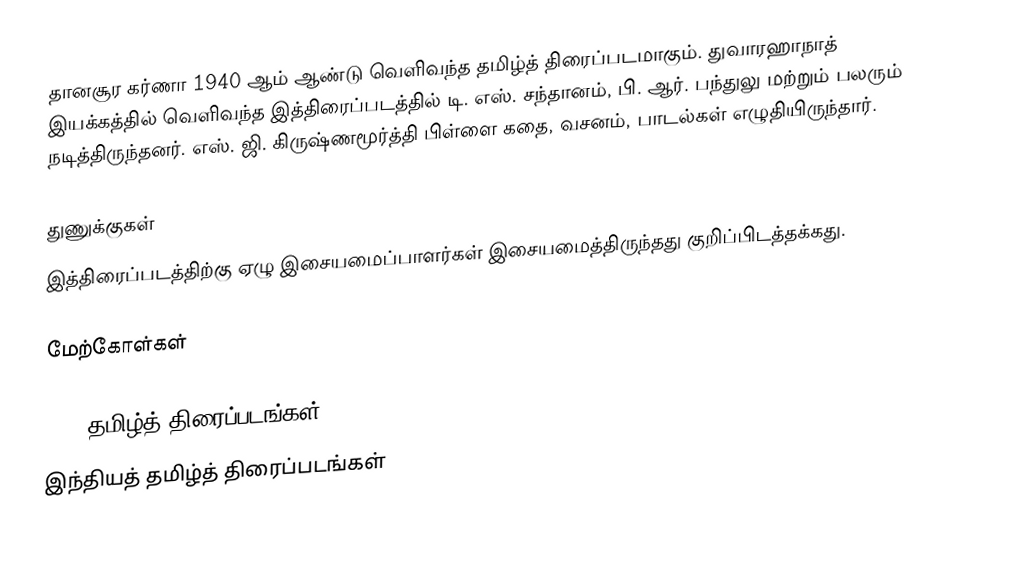
தானசூர கர்ணா 1940 ஆம் ஆண்டு வெளிவந்த தமிழ்த் திரைப்படமாகும். துவாரஹாநாத் இயக்கத்தில் வெளிவந்த இத்திரைப்படத்தில் டி. எஸ். சந்தானம், பி. ஆர். பந்துலு மற்றும் பலரும் நடித்திருந்தனர். எஸ். ஜி. கிருஷ்ணமூர்த்தி பிள்ளை கதை, வசனம், பாடல்கள் எழுதியிருந்தார்.

துணுக்குகள்
 இத்திரைப்படத்திற்கு ஏழு இசையமைப்பாளர்கள் இசையமைத்திருந்தது குறிப்பிடத்தக்கது.

மேற்கோள்கள்

1940 தமிழ்த் திரைப்படங்கள்
இந்தியத் தமிழ்த் திரைப்படங்கள்